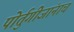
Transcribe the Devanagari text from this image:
पोर्तुगीजांनाच